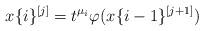
LaTeX: \begin{align*}x\{i\}^{[j]}=t^{\mu_i}\varphi(x\{i-1\}^{[j+1]})\end{align*}